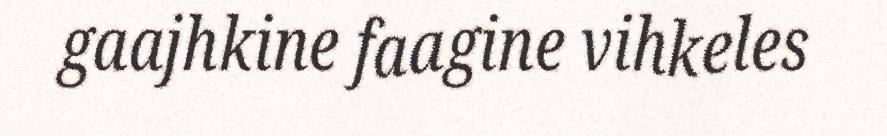
gaajhkine faagine vihkeles